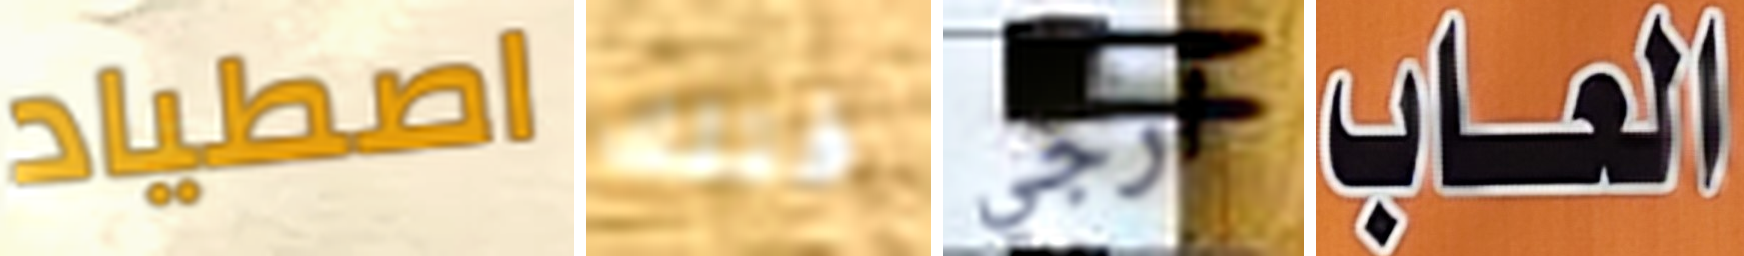
اصطياد فتلك ارجي العاب